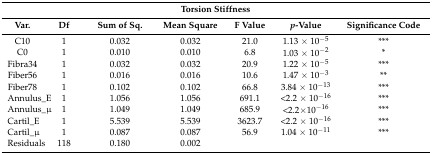
| <COLSPAN=7> Torsion Stiffness |
 | Var. | Df | Sum of Sq. | Mean Square | F Value | p-Value | Significance Code |
 | --- | --- | --- | --- | --- | --- | --- |
 | C10 | 1 | 0.032 | 0.032 | 21.0 | 1.13 × 10−5 | *** |
 | C0 | 1 | 0.010 | 0.010 | 6.8 | 1.03 × 10−2 | * |
 | Fibra34 | 1 | 0.032 | 0.032 | 20.9 | 1.22 × 10−5 | *** |
 | Fiber56 | 1 | 0.016 | 0.016 | 10.6 | 1.47 × 10−3 | ** |
 | Fiber78 | 1 | 0.102 | 0.102 | 66.8 | 3.84 × 10−13 | *** |
 | Annulus_E | 1 | 1.056 | 1.056 | 691.1 | <2.2 × 10−16 | *** |
 | Annulus_μ | 1 | 1.049 | 1.049 | 685.9 | <2.2×10−16 | *** |
 | Cartil_E | 1 | 5.539 | 5.539 | 3623.7 | <2.2 × 10−16 | *** |
 | Cartil_μ | 1 | 0.087 | 0.087 | 56.9 | 1.04 × 10−11 | *** |
 | Residuals | 118 | 0.180 | 0.002 |  |  |  |